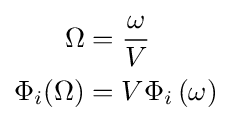
{\begin{aligned}\Omega &={\frac {\omega }{V}}\\\Phi _{i}(\Omega )&=V\Phi _{i}\left(\omega \right)\end{aligned}}